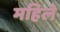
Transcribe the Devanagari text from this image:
महिले